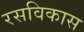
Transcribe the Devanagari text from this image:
रसविकास